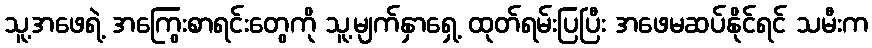
သူ့အဖေရဲ့ အကြွေးစာရင်းတွေကို သူ့မျက်နှာရှေ့ ထုတ်ရမ်းပြပြီး အဖေမဆပ်နိုင်ရင် သမီးက